Burma Government Medical School reports 1923-41
Year: 1923
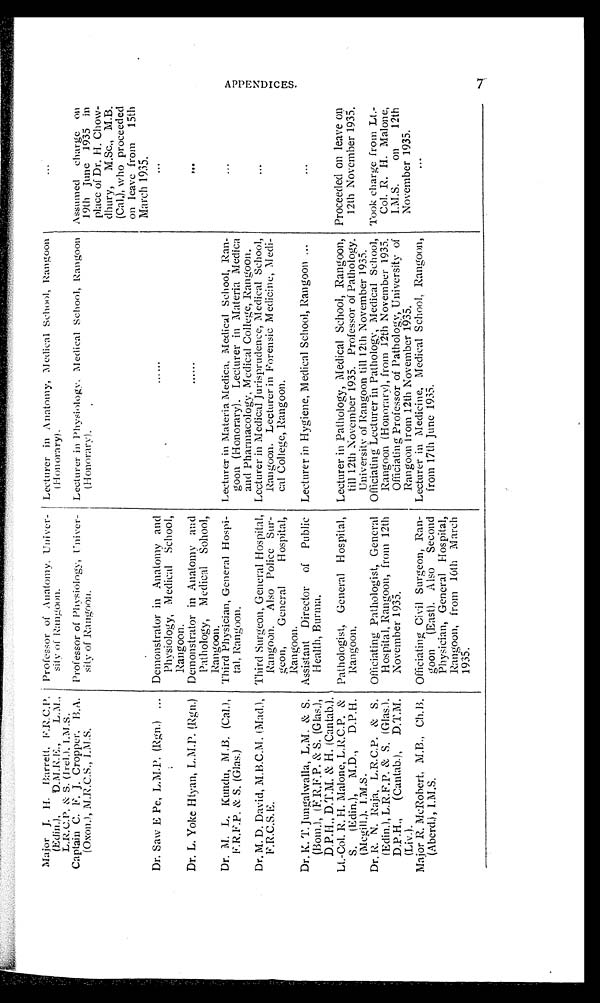
Major J. H. Barrett, F.R.C.P.
(Edin.),
D.M..R.E.,
L.M.,
L.R.C.P. & S. (Irel.). I.M.S.
Professor of Anatomy, Univer-
sity of Rangoon.
Lecturer in Anatomy, Medical School, Rangoon
(Honorary).
...
Captain C. F. J. Cropper. B . A .
(Oxon.), M.R.C.S., I.M.S.
Professor of Physiology, Univer-
sity of Rangoon.
Lecturer in Physiology. Medical School, Rangoon
(Honorary).
Assumed charge on
19th June 1935 in
place of Dr. H. Chow-
dhury, M,Sc., M.B.
(Cal.), who proceeded
on leave from 15th
March 1935.
Dr. Saw E Pe, L.M.P. (Rgn.) ... Demonstrator in Anatomy and
Physiology, Medical School,
Rangoon.
. . . . . .
. . .
Dr. L. Yoke Htyan, L.M.P. (Rgn.) Demonstrator in Anatomy and
Pathology, Medical School,
Rangoon.
......
. . .
Dr. M. L. Kundu, M.B. (Cal.),
F.R.F.P. & S. (Glas.)
Third Physician, General Hospi-
tal, Rangoon.
Lecturer in Materia Medica, Medical School, Ran-
goon (Honorary). Lecturer in Materia Medica
and Pharmacology, Medical College, Rangoon.
...
Dr. M. D. David, M.B.C.M. (Mad.),
F.R.C.S. E.
Third Surgeon, General Hospital,
Rangoon. Also Police Sur-
geon,
General
Hospital,
Rangoon.
Lecturer in Medical Jurisprudence, Medical School,
Rangoon. Lecturer in Forensic Medicine, Medi-
cal College, Rangoon.
...
Dr. K. T. Jungalwalla, L.M. & S.
(Bom.), (F. R.F.P. & S. (Glas.),
D. P. H ., D.T.M. & H. (Cantab.).
Assistant Director of Public
Health, Burma.
Lecturer in Hygiene, Medical School, Rangoon ...
. . .
Lt.-Col. R. H. Malone, L.R.C.P. &
S. (Edin.), M.D., D.P.H.
(Mcgill.), I.M.S.
Pathologist, General Hospital,
Rangoon.
Lecturer in Pathology, Medical School, Rangoon,
till 12th November 1935. Professor of Pathology.
University of Rangoon till 12th November 1935.
Proceeded on leave on
12th November 1935.
Dr. R. N. Raja, L.R.C.P. & S.
(Edin.), L.R.F.P. & S. (Glas.).
D.P.H.,
(Cantab.), D.T.M.
(Liv.).
Officiating Pathologist, General
Hospital, Rangoon, from 12th
November 1935.
Officiating Lecturer in Pathology, Medical School,
Rangoon (Honorary), from 12th November 1935.
Officiating Professor of Pathology, University of
Rangoon from 12th November 1935.
Took charge from Lt.-
Col. R. H. Malone,
I.M.S.
on
12th
November 1935.
Major R. McRobert, M.B., Ch.B.
(Aberd.), I.M.S.
Officiating Civil Surgeon, Ran-
goon (East). Also Second
Physician, General Hospital,
Rangoon, from 16th March
1935.
Lecturer in Medicine, Medical School, Rangoon,
from 17th June 1935.
...